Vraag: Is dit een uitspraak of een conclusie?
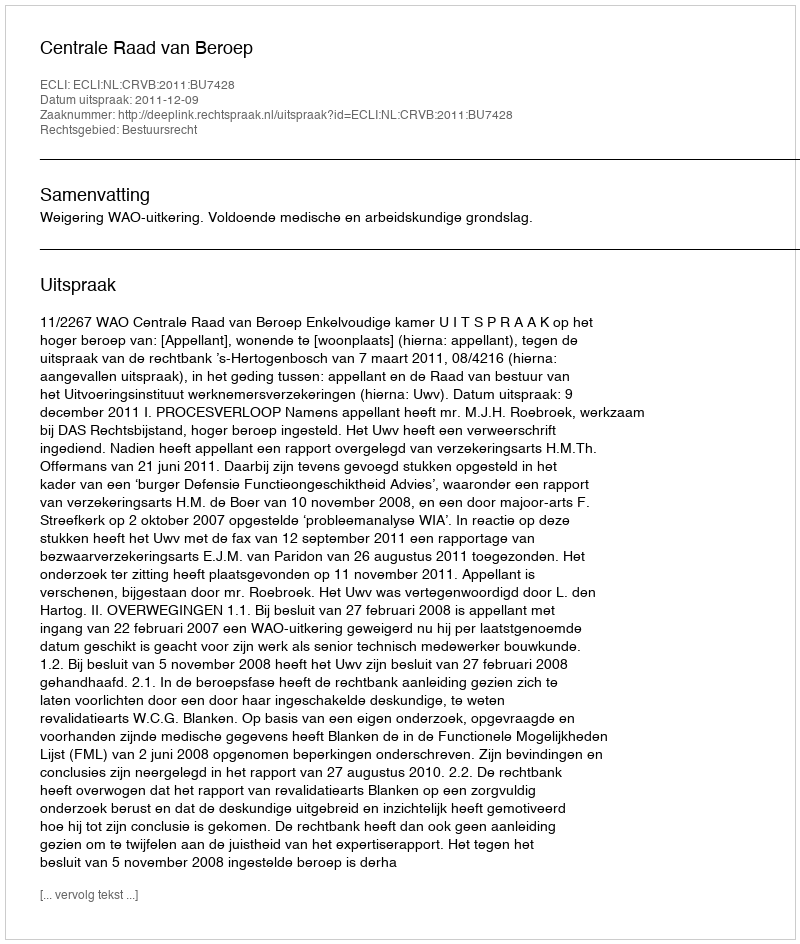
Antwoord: Uitspraak